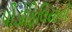
પીડોફિલિયાની